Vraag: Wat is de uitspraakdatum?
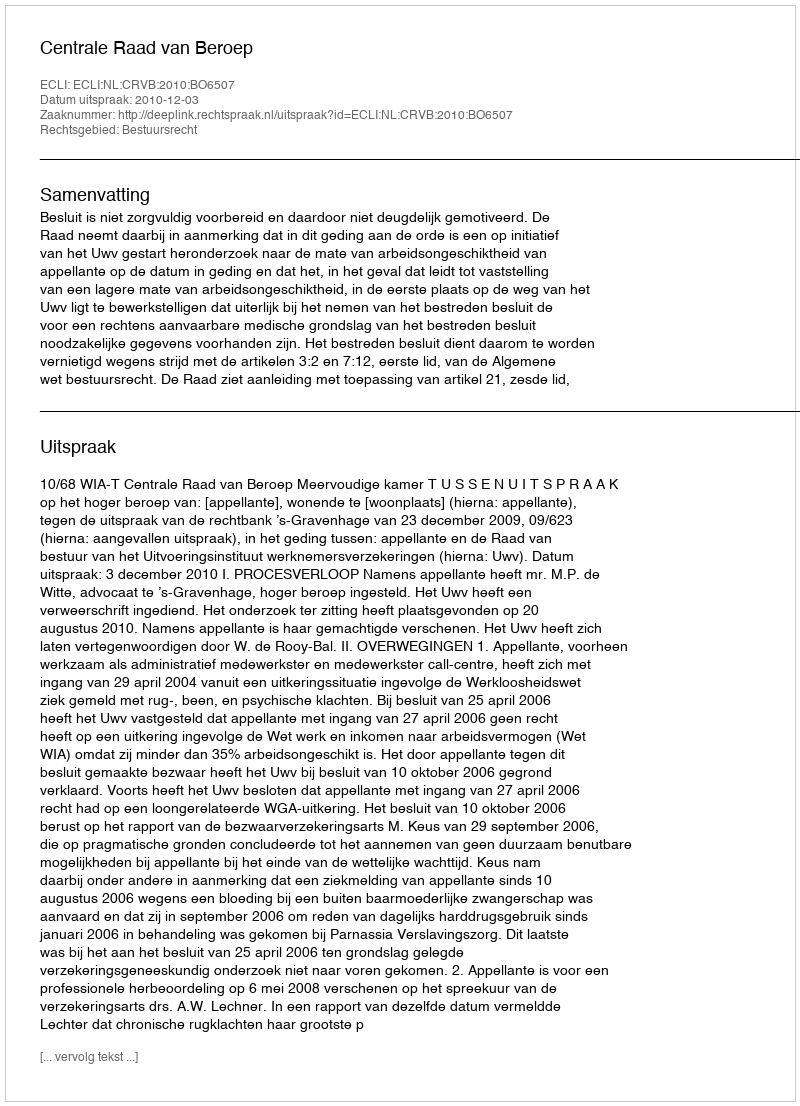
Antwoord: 2010-12-03